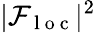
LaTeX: |\mathcal{F}_{\mathrm{~l~o~c~}}|^{2}